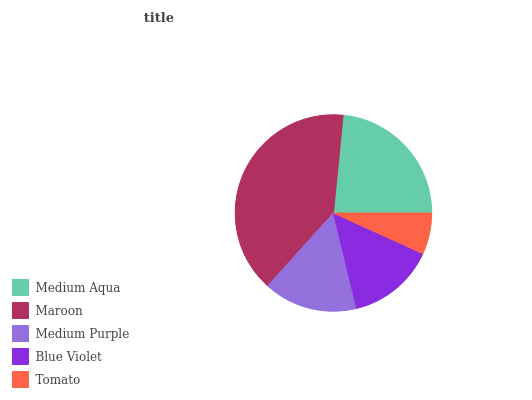
| Medium Aqua | Maroon | Medium Purple | Blue Violet | Tomato |
 | --- | --- | --- | --- | --- |
 | 23.4% | 39.9% | 15.5% | 14.4% | 6.78% |